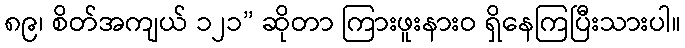
၈၉၊ စိတ်အကျယ် ၁၂၁” ဆိုတာ ကြားဖူးနားဝ ရှိနေကြပြီးသားပါ။